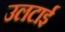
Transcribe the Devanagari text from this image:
उलटाई